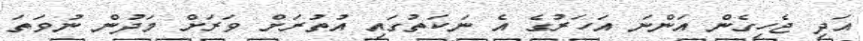
އަދި ޖެހިގެން އަންނަ އަހަރުގެ އެ ނަކަތުގައި އުތުރަށް ވަރަށް މަދުން ނުވަތަ